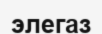
элегаз